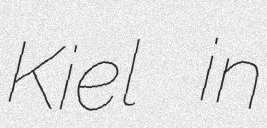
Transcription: Kiel in